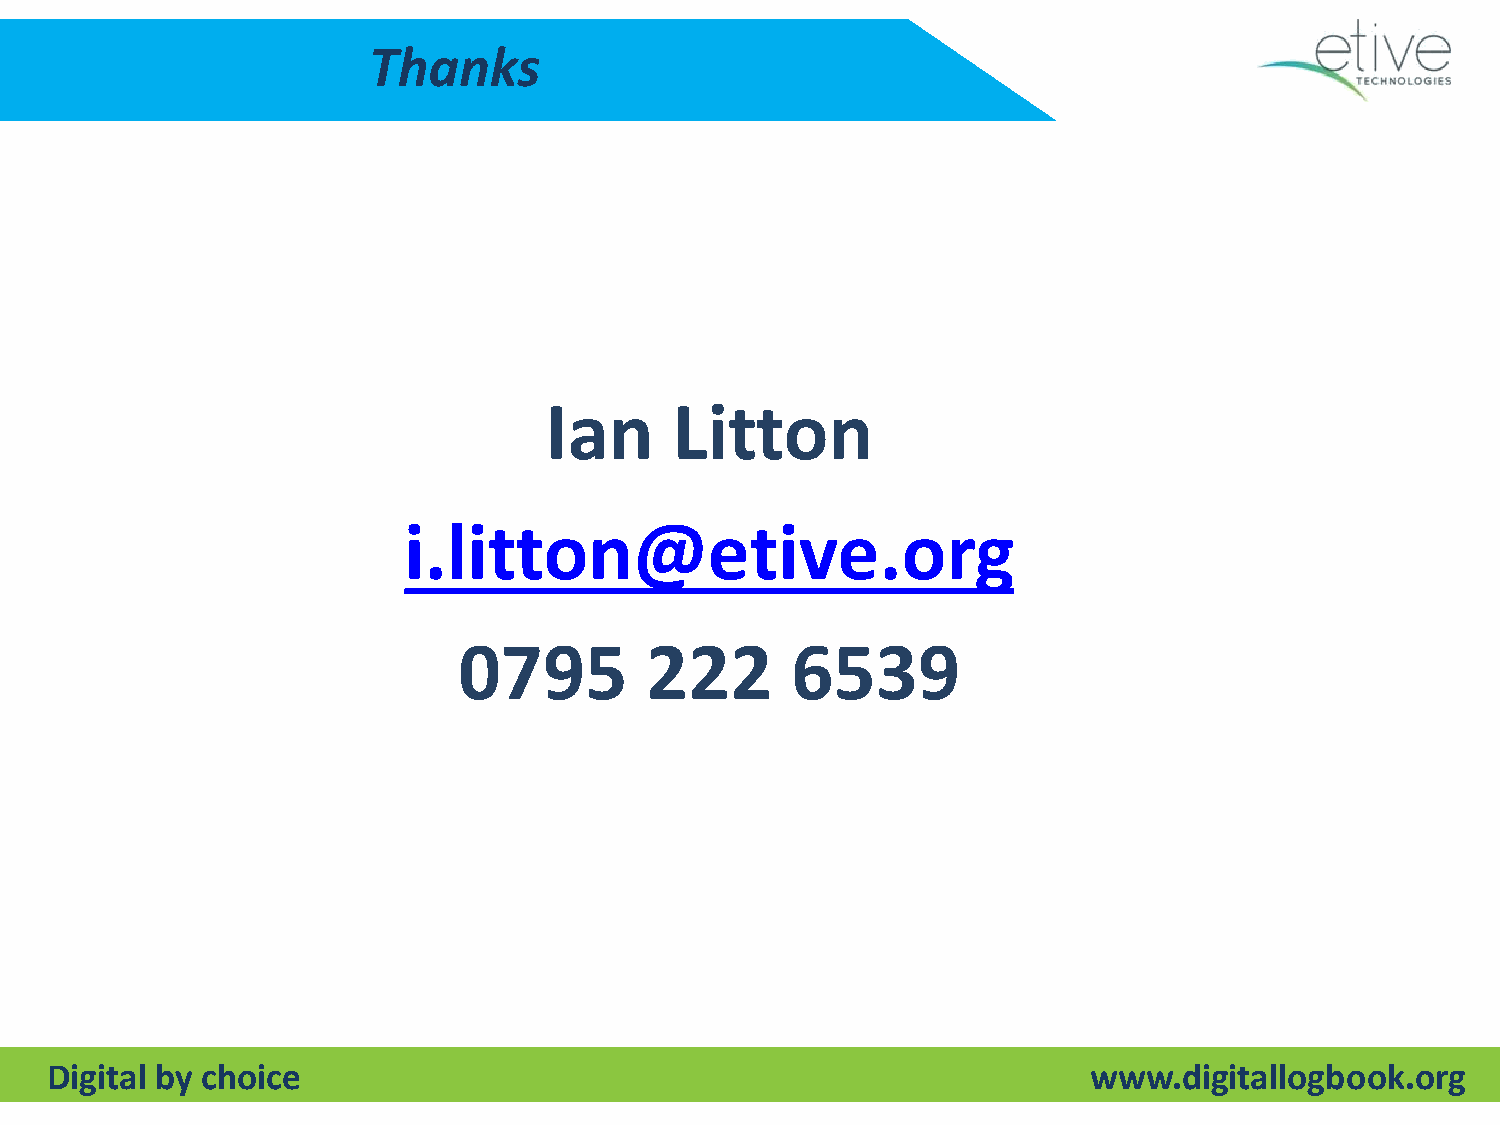
Thanks
 Ian      Litton
 i.litton@etive.org
 0795         222      6539
 Digital by choice                                                    www.digitallogbook.org